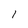
Character: 1